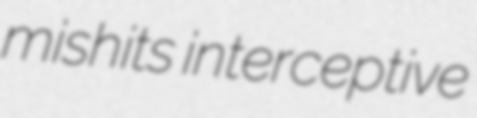
mishits interceptive